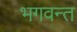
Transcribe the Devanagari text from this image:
भगवन्‍त